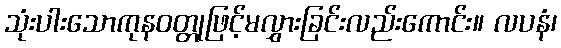
သုံးပါးသောကုနဝတ္တုဖြင့်မလွှားခြင်းလည်းကောင်း။ လပနံ၊